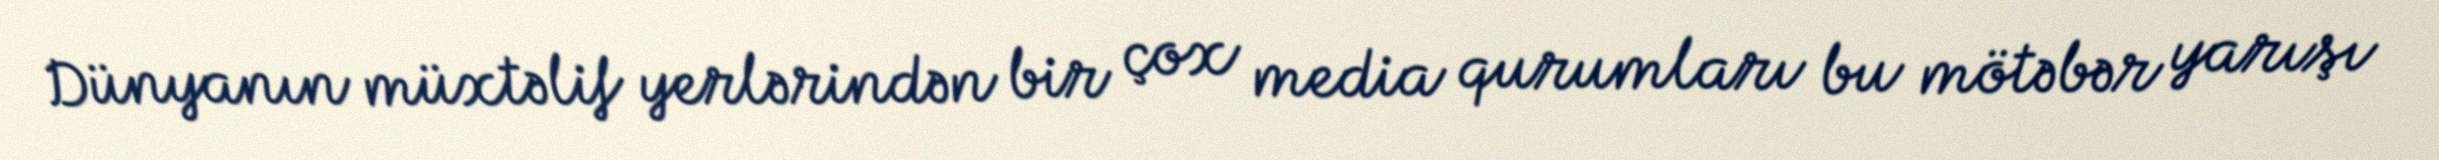
Dünyanın müxtəlif yerlərindən bir çox media qurumları bu mötəbər yarışı